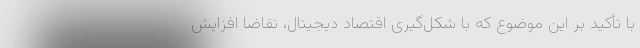
با تأکید بر این موضوع که با شکل‌گیری اقتصاد دیجیتال، تقاضا افزایش